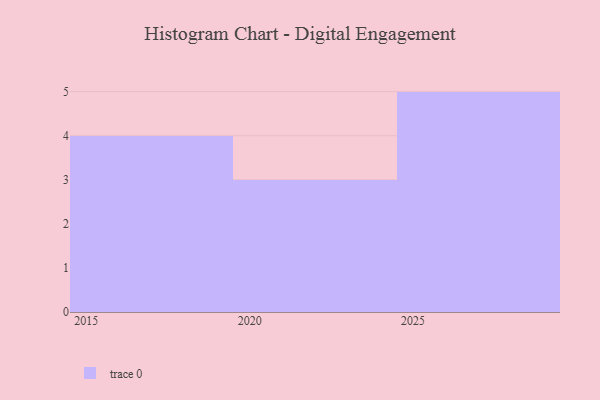
{"axis": {"x": "Year", "y": "Bounce Rate (%)"}, "legend": [""], "data": [{"x": "2023", "y": 34, "type": ""}, {"x": "2016", "y": 23, "type": ""}, {"x": "2020", "y": 25, "type": ""}, {"x": "2015", "y": 93, "type": ""}, {"x": "2027", "y": 98, "type": ""}, {"x": "2018", "y": 60, "type": ""}, {"x": "2026", "y": 14, "type": ""}, {"x": "2024", "y": 100, "type": ""}, {"x": "2028", "y": 17, "type": ""}, {"x": "2025", "y": 39, "type": ""}, {"x": "2017", "y": 31, "type": ""}, {"x": "2029", "y": 16, "type": ""}]}